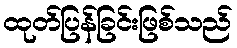
ထုတ်ပြန်ခြင်းဖြစ်သည်